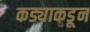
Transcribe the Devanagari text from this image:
कड्याकडून